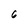
Character: 6